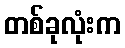
တစ်ခုလုံးက